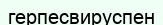
герпесвируспен